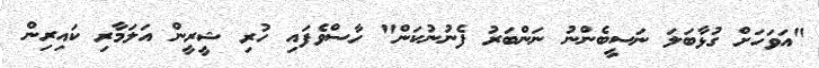
"އަވަހަށް ގުޅާބަލަ ނަސީބެންނު ނަންބަރު ފެނުނުކަން" ހާސްވެފައި ހުރި ޝީރީން އަލަމާރި ކައިރިން